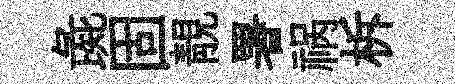
彘固靚署祸柝